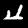
Label: 4